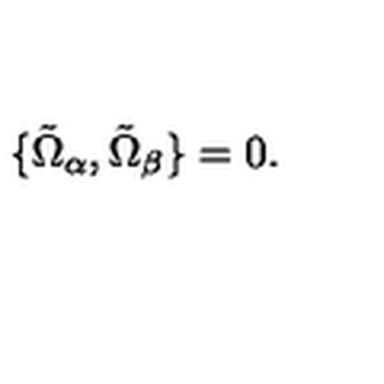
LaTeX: \{ \tilde { \Omega } _ { \alpha } , \tilde { \Omega } _ { \beta } \} = 0 .